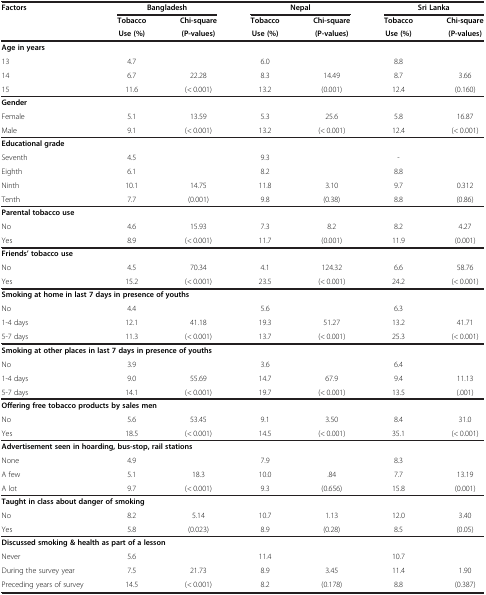
<table><thead><tr><td rowspan="3"><b>Factors</b></td><td colspan="2"><b>Bangladesh</b></td><td colspan="2"><b>Nepal</b></td><td colspan="2"><b>Sri Lanka</b></td></tr><tr><td><b>Tobacco</b></td><td><b>Chi-square</b></td><td><b>Tobacco</b></td><td><b>Chi-square</b></td><td><b>Tobacco</b></td><td><b>Chi-square</b></td></tr><tr><td><b>Use (%)</b></td><td><b>(P-values)</b></td><td><b>Use (%)</b></td><td><b>(P-values)</b></td><td><b>Use (%)</b></td><td><b>(P-values)</b></td></tr></thead><tbody><tr><td colspan="7"><b>Age in years</b></td></tr><tr><td>13</td><td>4.7</td><td> </td><td>6.0</td><td> </td><td>8.8</td><td> </td></tr><tr><td>14</td><td>6.7</td><td>22.28</td><td>8.3</td><td>14.49</td><td>8.7</td><td>3.66</td></tr><tr><td>15</td><td>11.6</td><td>(&lt; 0.001)</td><td>13.2</td><td>(0.001)</td><td>12.4</td><td>(0.160)</td></tr><tr><td colspan="7"><b>Gender</b></td></tr><tr><td>Female</td><td>5.1</td><td>13.59</td><td>5.3</td><td>25.6</td><td>5.8</td><td>16.87</td></tr><tr><td>Male</td><td>9.1</td><td>(&lt; 0.001)</td><td>13.2</td><td>(&lt; 0.001)</td><td>12.4</td><td>(&lt; 0.001)</td></tr><tr><td colspan="7"><b>Educational grade</b></td></tr><tr><td>Seventh</td><td>4.5</td><td> </td><td>9.3</td><td> </td><td>-</td><td> </td></tr><tr><td>Eighth</td><td>6.1</td><td> </td><td>8.2</td><td> </td><td>8.8</td><td> </td></tr><tr><td>Ninth</td><td>10.1</td><td>14.75</td><td>11.8</td><td>3.10</td><td>9.7</td><td>0.312</td></tr><tr><td>Tenth</td><td>7.7</td><td>(0.001)</td><td>9.8</td><td>(0.38)</td><td>8.8</td><td>(0.86)</td></tr><tr><td colspan="7"><b>Parental tobacco use</b></td></tr><tr><td>No</td><td>4.6</td><td>15.93</td><td>7.3</td><td>8.2</td><td>8.2</td><td>4.27</td></tr><tr><td>Yes</td><td>8.9</td><td>(&lt; 0.001)</td><td>11.7</td><td>(0.001)</td><td>11.9</td><td>(0.001)</td></tr><tr><td colspan="7"><b>Friends’ tobacco use</b></td></tr><tr><td>No</td><td>4.5</td><td>70.34</td><td>4.1</td><td>124.32</td><td>6.6</td><td>58.76</td></tr><tr><td>Yes</td><td>15.2</td><td>(&lt; 0.001)</td><td>23.5</td><td>(&lt; 0.001)</td><td>24.2</td><td>(&lt; 0.001)</td></tr><tr><td colspan="7"><b>Smoking at home in last 7 days in presence of youths</b></td></tr><tr><td>No</td><td>4.4</td><td> </td><td>5.6</td><td> </td><td>6.3</td><td> </td></tr><tr><td>1-4 days</td><td>12.1</td><td>41.18</td><td>19.3</td><td>51.27</td><td>13.2</td><td>41.71</td></tr><tr><td>5-7 days</td><td>11.3</td><td>(&lt; 0.001)</td><td>13.7</td><td>(&lt; 0.001)</td><td>25.3</td><td>(&lt; 0.001)</td></tr><tr><td colspan="7"><b>Smoking at other places in last 7 days in presence of youths</b></td></tr><tr><td>No</td><td>3.9</td><td> </td><td>3.6</td><td> </td><td>6.4</td><td> </td></tr><tr><td>1-4 days</td><td>9.0</td><td>55.69</td><td>14.7</td><td>67.9</td><td>9.4</td><td>11.13</td></tr><tr><td>5-7 days</td><td>14.1</td><td>(&lt; 0.001)</td><td>19.7</td><td>(&lt; 0.001)</td><td>13.5</td><td>(.001)</td></tr><tr><td colspan="7"><b>Offering free tobacco products by sales men</b></td></tr><tr><td>No</td><td>5.6</td><td>53.45</td><td>9.1</td><td>3.50</td><td>8.4</td><td>31.0</td></tr><tr><td>Yes</td><td>18.5</td><td>(&lt; 0.001)</td><td>14.5</td><td>(&lt; 0.001)</td><td>35.1</td><td>(&lt; 0.001)</td></tr><tr><td colspan="7"><b>Advertisement seen in hoarding, bus-stop, rail stations</b></td></tr><tr><td>None</td><td>4.9</td><td> </td><td>7.9</td><td> </td><td>8.3</td><td> </td></tr><tr><td>A few</td><td>5.1</td><td>18.3</td><td>10.0</td><td>.84</td><td>7.7</td><td>13.19</td></tr><tr><td>A lot</td><td>9.7</td><td>(&lt; 0.001)</td><td>9.3</td><td>(0.656)</td><td>15.8</td><td>(0.001)</td></tr><tr><td colspan="7"><b>Taught in class about danger of smoking</b></td></tr><tr><td>No</td><td>8.2</td><td>5.14</td><td>10.7</td><td>1.13</td><td>12.0</td><td>3.40</td></tr><tr><td>Yes</td><td>5.8</td><td>(0.023)</td><td>8.9</td><td>(0.28)</td><td>8.5</td><td>(0.05)</td></tr><tr><td colspan="7"><b>Discussed smoking &amp; health as part of a lesson</b></td></tr><tr><td>Never</td><td>5.6</td><td> </td><td>11.4</td><td> </td><td>10.7</td><td> </td></tr><tr><td>During the survey year</td><td>7.5</td><td>21.73</td><td>8.9</td><td>3.45</td><td>11.4</td><td>1.90</td></tr><tr><td>Preceding years of survey</td><td>14.5</td><td>(&lt; 0.001)</td><td>8.2</td><td>(0.178)</td><td>8.8</td><td>(0.387)</td></tr></tbody></table>